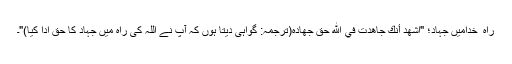
راہ ِ خدامیں جہاد؛ "اَشهَدُ أَنَّكَ جَاهَدتَ فِي اللهِ حَقَّ جِهَادِهِ(ترجمہ: گواہی دیتا ہوں کہ آپ نے اللہ کی راہ میں جہاد کا حق ادا کیا)"۔